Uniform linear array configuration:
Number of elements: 8
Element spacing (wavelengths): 0.75
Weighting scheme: uniform
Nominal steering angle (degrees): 45
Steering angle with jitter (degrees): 45.394
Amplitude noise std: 0.05
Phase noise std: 0.05

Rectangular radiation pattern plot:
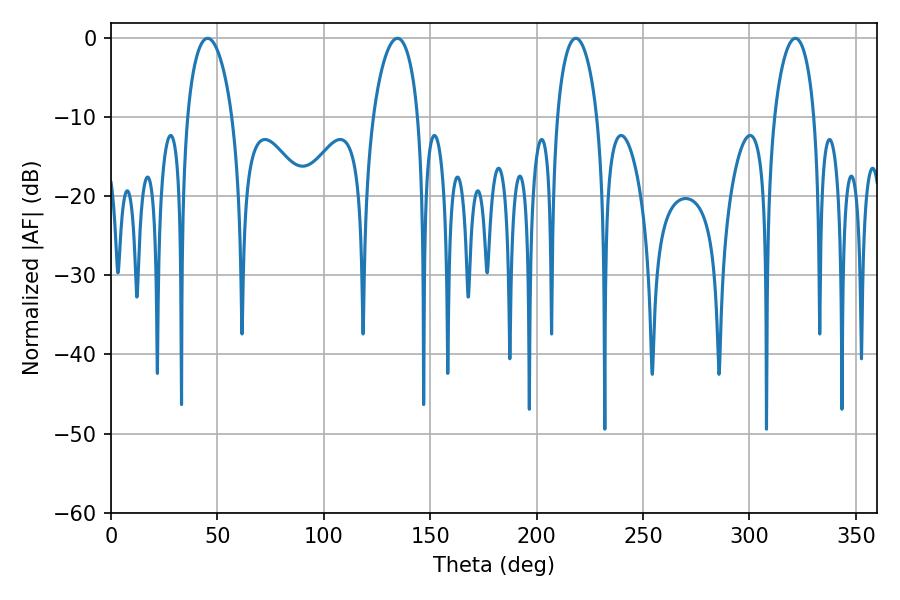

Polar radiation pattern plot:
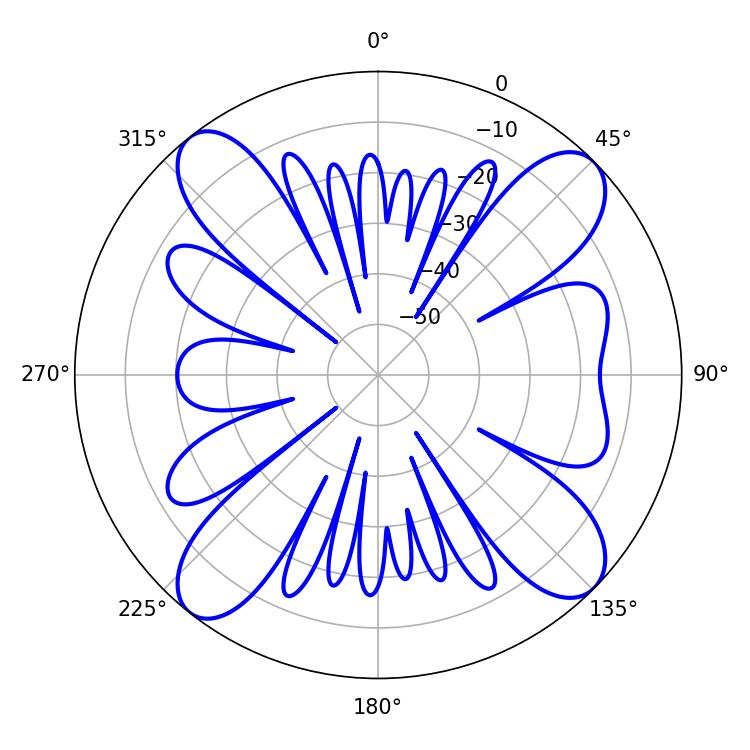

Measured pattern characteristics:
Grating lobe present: TRUE
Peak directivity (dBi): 13.779
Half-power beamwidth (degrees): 12.06
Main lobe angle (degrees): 45.36